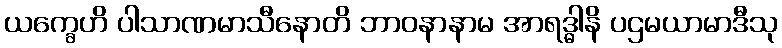
ယက္ခေဟိ ပါသာဏမာသီနောတိ ဘာဝနာနာမ အာရဒ္ဓါနိ ပဌမယာမာဒီသု